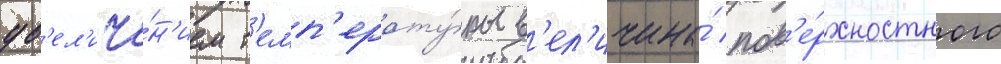
ув'ел'иче́н'ием т'емп'ерату́ры в'ел'ичина́ пов'е́рхностного